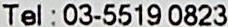
TEL : 03-5519 0823